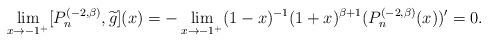
LaTeX: \begin{align*}\lim_{x\rightarrow-1^{+}}[P_{n}^{(-2,\beta)},\widetilde{g}](x)=-\lim_{x\rightarrow-1^{+}}(1-x)^{-1}(1+x)^{\beta+1}(P_{n}^{(-2,\beta)}(x))^{\prime}=0.\end{align*}